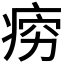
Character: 𪽱